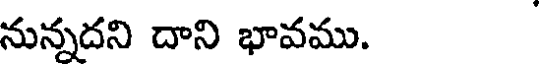
నున్నదని దాని భావము.